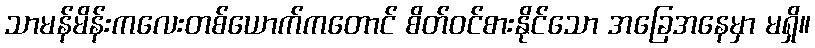
သာမန်မိန်းကလေးတစ်ယောက်ကတောင် စိတ်ဝင်စားနိုင်သော အခြေအနေမှာ မရှိ။